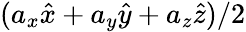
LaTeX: (a_{x}\hat{x}+a_{y}\hat{y}+a_{z}\hat{z})/2